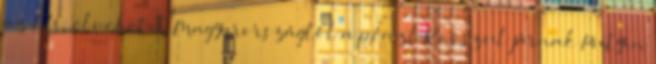
az EU: elvehetik Magyarországtól a pénzt Rosszul járnak Putyin